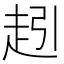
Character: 𮚵